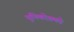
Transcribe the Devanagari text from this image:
युनिकोडमधे